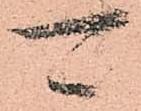
可